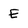
Character: E